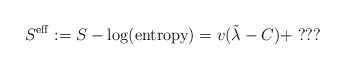
\begin{align*}S^{\rm eff}:= S-\log ({\rm entropy})=v(\tilde\lambda -C)+\; ???\end{align*}